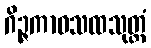
ဂိဉ္ဇကာဝသထသုတ္တံ